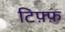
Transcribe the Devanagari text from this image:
टिफ़्फ़